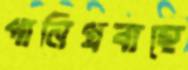
পানিপ্রবাহে